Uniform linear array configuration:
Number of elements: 16
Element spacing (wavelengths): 0.75
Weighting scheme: cosine
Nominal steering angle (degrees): -15
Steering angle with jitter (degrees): -13.854
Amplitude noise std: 0.05
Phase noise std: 0.05

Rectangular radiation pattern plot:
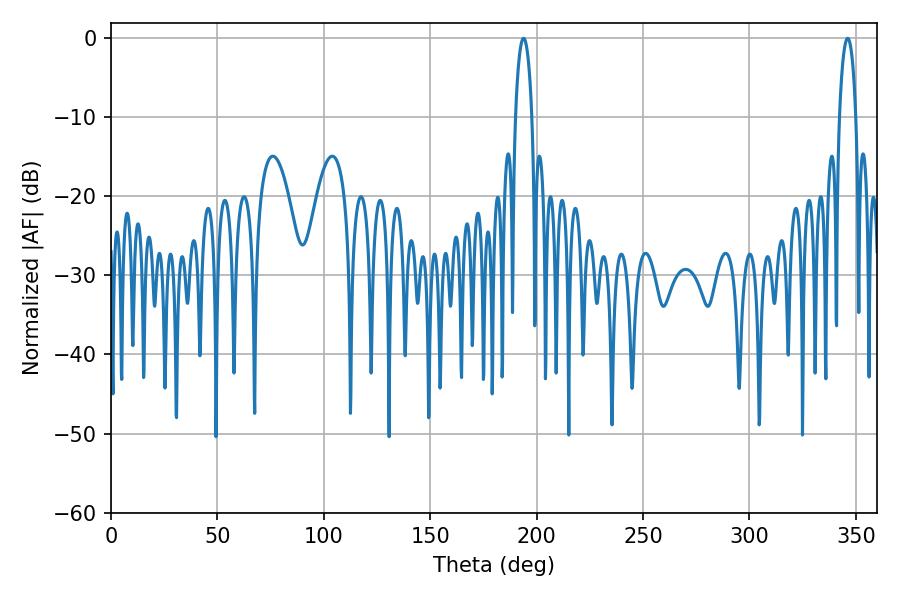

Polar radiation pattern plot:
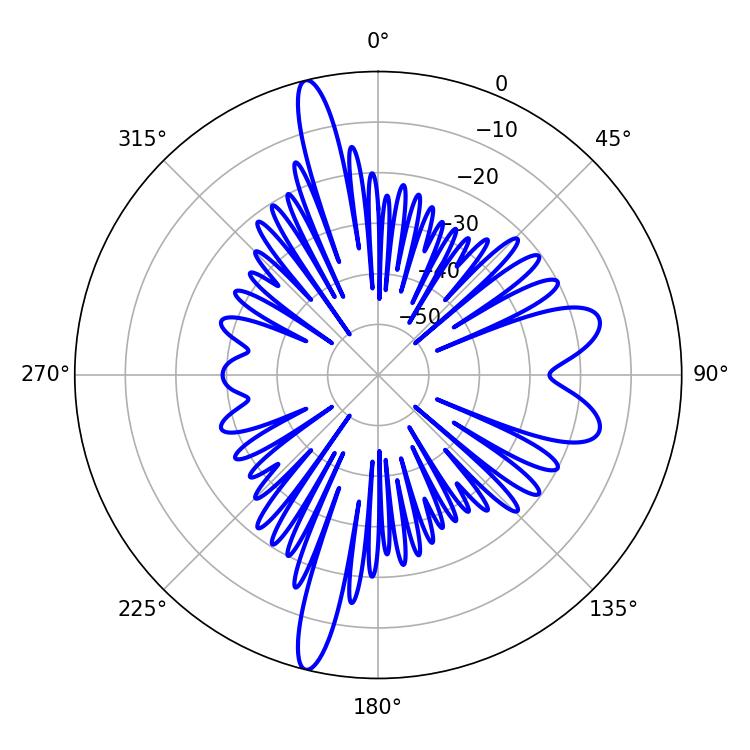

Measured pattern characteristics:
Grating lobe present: TRUE
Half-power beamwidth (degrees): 4.32
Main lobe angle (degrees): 193.86